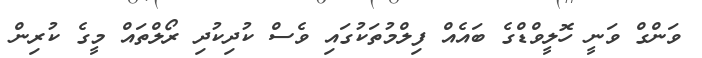
ވަންގް ވަނީ ހޮލީވްޑްގެ ބައެއް ފިލްމުތަކުގައި ވެސް ކުދިކުދި ރޯލްތައް މީގެ ކުރިން